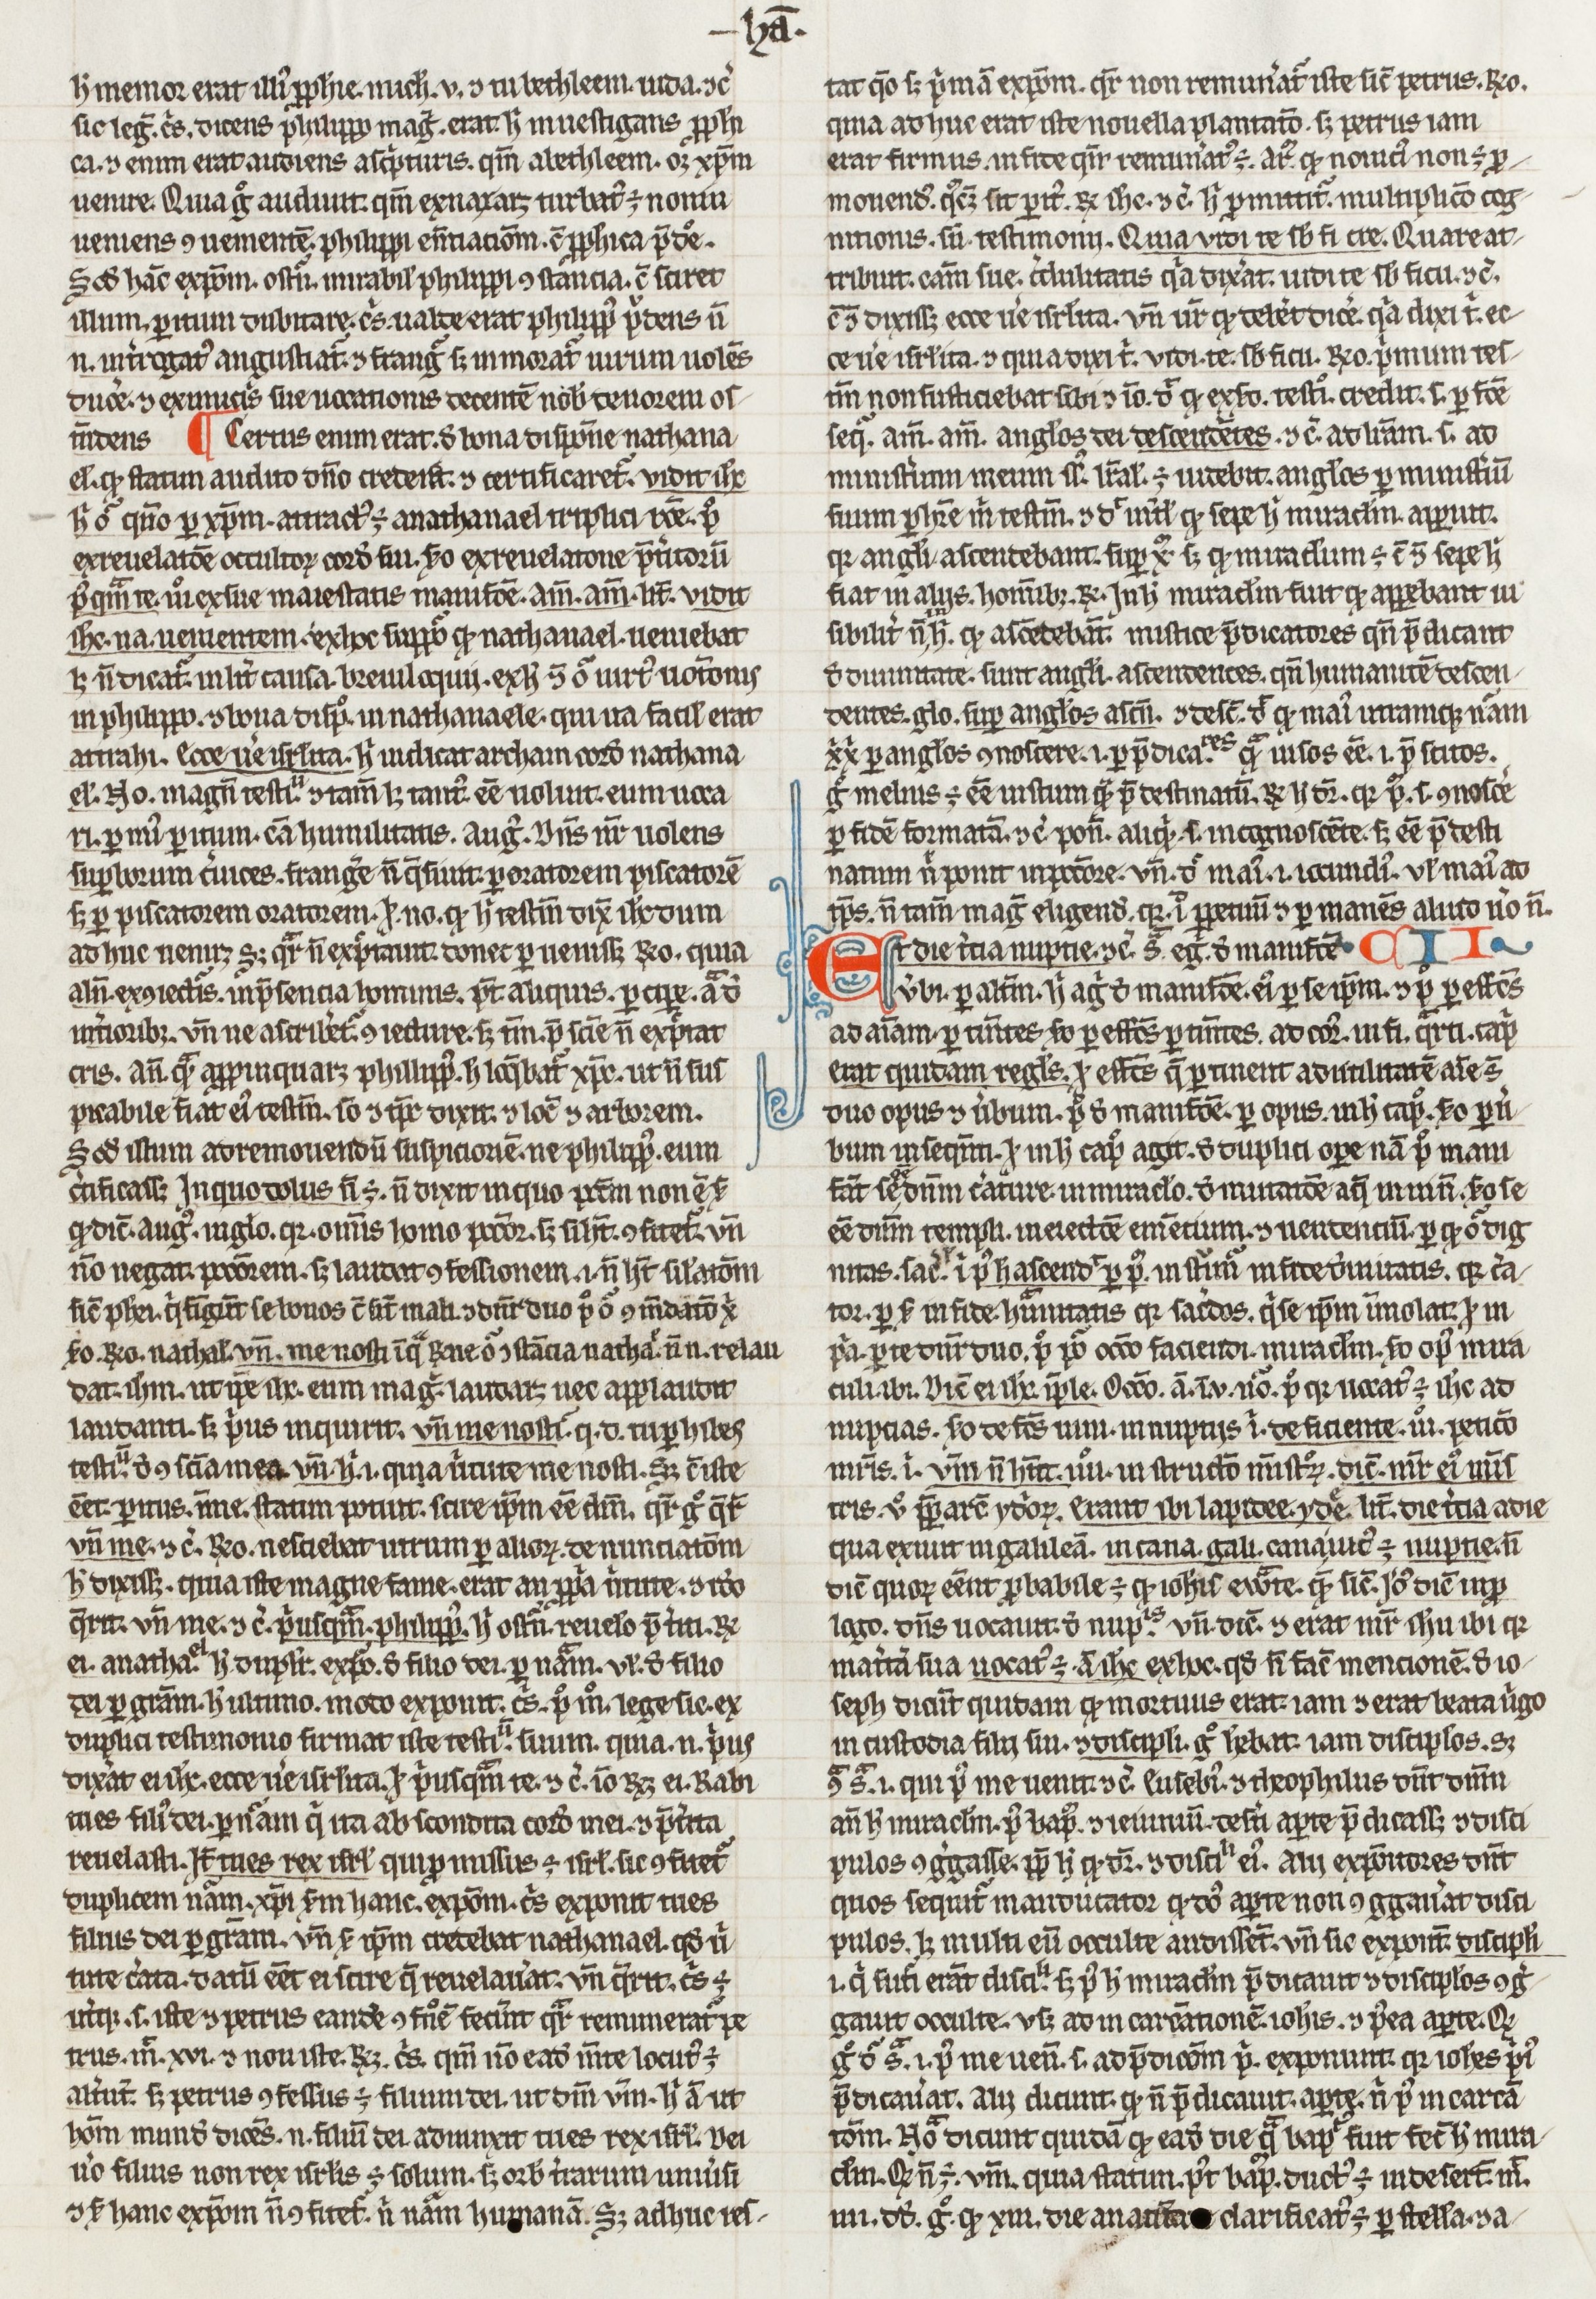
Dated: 1400–1430